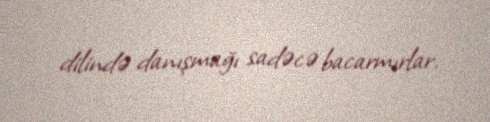
dilində danışmağı sadəcə bacarmırlar.